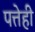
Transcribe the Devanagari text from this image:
पत्तेही